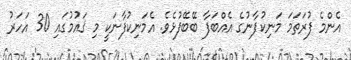
އެންމެ ފުރަތަމަ މަނިކުފާނުގެ އެއްބަފާ ބޭބޭފުޅެވެ. އެމަނިކުފާނަކީ މި ޤައުމުގައި 30 އަހަރު